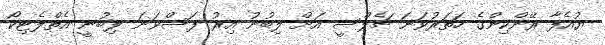
ޔުއެފާ ރޭންކިންގެ ހަތަރުވަނަ ޗެލްސީ އަށް ލިބުނު އިރު ފަސްވަނަ ލިބުނީ އެތްލެޓިކޯ